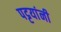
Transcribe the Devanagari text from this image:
पट्टयांनी